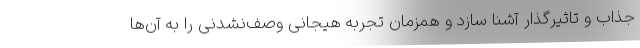
جذاب و تاثیرگذار آشنا سازد و همزمان تجربه هیجانی وصف‌نشدنی را به آن‌ها